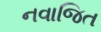
નવાજિત